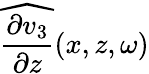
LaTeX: \widehat{\frac{\partial v_{3}}{\partial z}}(x,z,\omega)